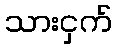
သားငှက်